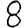
Digit: 8